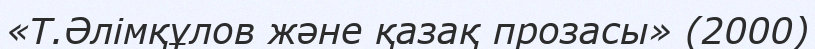
«Т.Әлiмқұлов және қазақ прозасы» (2000)